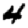
Digit: 4